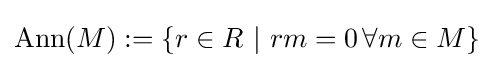
{\textrm {Ann}}(M):=\{r\in R~|~rm=0\,\forall m\in M\}